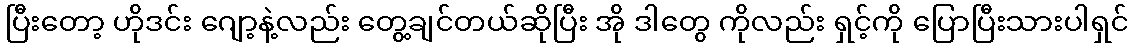
ပြီးတော့ ဟိုဒင်း ဂျော့နဲ့လည်း တွေ့ချင်တယ်ဆိုပြီး အို ဒါတွေ ကိုလည်း ရှင့်ကို ပြောပြီးသားပါရှင်